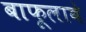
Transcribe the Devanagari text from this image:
बाफूलाबे